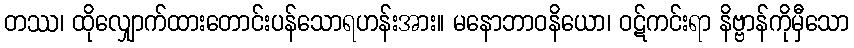
တဿ၊ ထိုလျှောက်ထားတောင်းပန်သောရဟန်းအား။ မနောဘာဝနိယော၊ ဝဋ်ကင်းရာ နိဗ္ဗာန်ကိုမှီသော